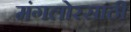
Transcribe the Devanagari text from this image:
मंगलोरसाठी